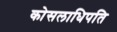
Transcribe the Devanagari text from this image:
कोसलाधिपति